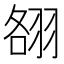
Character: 䎊